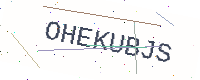
Text: OHEKUBJS